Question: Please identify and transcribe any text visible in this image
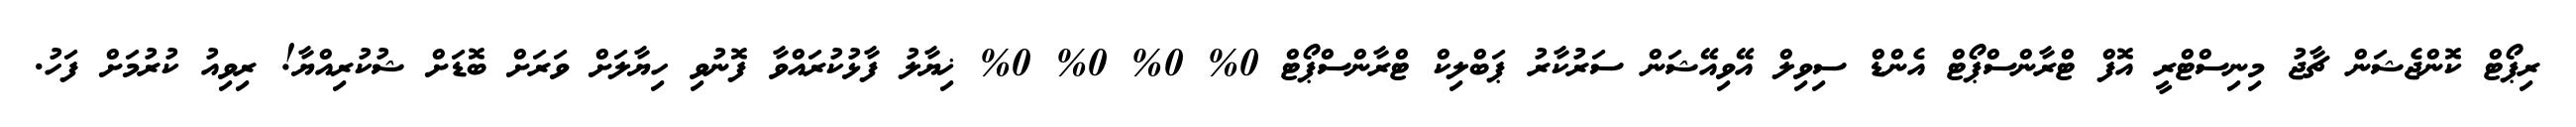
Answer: ރިޕޯޓް ކޮންޖެޝަން ޗާޖު މިނިސްޓްރީ އޮފް ޓްރާންސްޕޯޓް އެންޑް ސިވިލް އޭވިއޭޝަން ސަރުކާރު ޕަބްލިކް ޓްރާންސްޕޯޓް 0% 0% 0% 0% ޚިޔާލު ފާޅުކުރައްވާ ފޮނުވި ހިޔާލަށް ވަރަށް ބޮޑަށް ޝުކުރިއްޔާ! ރިވިއު ކުރުމަށް ފަހު.